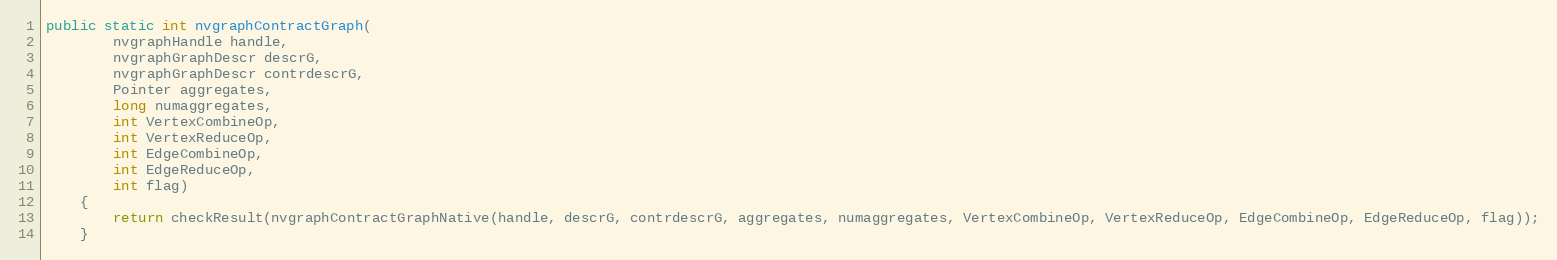
Language: Java
public static int nvgraphContractGraph(
        nvgraphHandle handle,
        nvgraphGraphDescr descrG,
        nvgraphGraphDescr contrdescrG,
        Pointer aggregates,
        long numaggregates,
        int VertexCombineOp,
        int VertexReduceOp,
        int EdgeCombineOp,
        int EdgeReduceOp,
        int flag)
    {
        return checkResult(nvgraphContractGraphNative(handle, descrG, contrdescrG, aggregates, numaggregates, VertexCombineOp, VertexReduceOp, EdgeCombineOp, EdgeReduceOp, flag));
    }